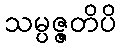
သမ္ပဇ္ဇတိပိ